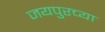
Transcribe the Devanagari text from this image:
जयपुरच्या